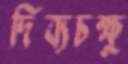
দিব্যচক্ষু